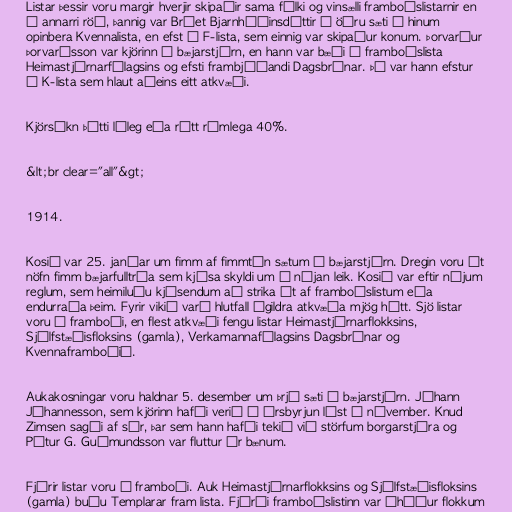
Listar þessir voru margir hverjir skipaðir sama fólki og vinsælli framboðslistarnir en
í annarri röð, þannig var Bríet Bjarnhéðinsdóttir í öðru sæti á hinum
opinbera Kvennalista, en efst á F-lista, sem einnig var skipaður konum. Þorvarður
Þorvarðsson var kjörinn í bæjarstjórn, en hann var bæði á framboðslista
Heimastjórnarfélagsins og efsti frambjóðandi Dagsbrúnar. Þá var hann efstur
á K-lista sem hlaut aðeins eitt atkvæði.

Kjörsókn þótti léleg eða rétt rúmlega 40%.

&lt;br clear="all"&gt;

1914.

Kosið var 25. janúar um fimm af fimmtán sætum í bæjarstjórn. Dregin voru út
nöfn fimm bæjarfulltrúa sem kjósa skyldi um á nýjan leik. Kosið var eftir nýjum
reglum, sem heimiluðu kjósendum að strika út af framboðslistum eða
endurraða þeim. Fyrir vikið varð hlutfall ógildra atkvæða mjög hátt. Sjö listar
voru í framboði, en flest atkvæði fengu listar Heimastjórnarflokksins,
Sjálfstæðisfloksins (gamla), Verkamannafélagsins Dagsbrúnar og
Kvennaframboðið.

Aukakosningar voru haldnar 5. desember um þrjú sæti í bæjarstjórn. Jóhann
Jóhannesson, sem kjörinn hafði verið í ársbyrjun lést í nóvember. Knud
Zimsen sagði af sér, þar sem hann hafði tekið við störfum borgarstjóra og
Pétur G. Guðmundsson var fluttur úr bænum.

Fjórir listar voru í framboði. Auk Heimastjórnarflokksins og Sjálfstæðisfloksins
(gamla) buðu Templarar fram lista. Fjórði framboðslistinn var óháður flokkum